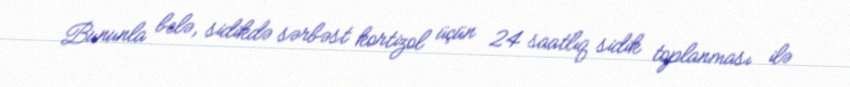
Bununla belə, sidikdə sərbəst kortizol üçün 24 saatlıq sidik toplanması ilə